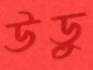
উড়ু